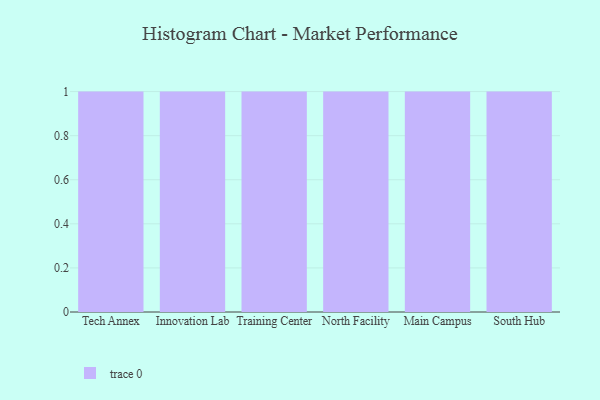
{"axis": {"x": "Campus", "y": "Inventory Turnover"}, "legend": [""], "data": [{"x": "Tech Annex", "y": 7, "type": ""}, {"x": "Innovation Lab", "y": 16, "type": ""}, {"x": "Training Center", "y": 43, "type": ""}, {"x": "North Facility", "y": 15, "type": ""}, {"x": "Main Campus", "y": 63, "type": ""}, {"x": "South Hub", "y": 85, "type": ""}]}